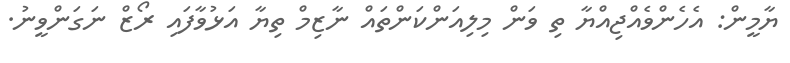
ޔާމީން: އެހެންވެއްޖިއްޔާ ތި ވަން މިލިއަންކަންތައް ނާޒިމް ތިޔާ އަޅުވާފައި ރޯޒް ނަގަންވީނު.